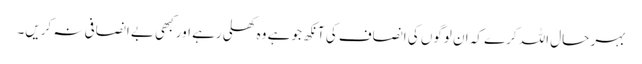
بہر حال اللہ کرے کہ ان لوگوں کی انصاف کی آنکھ جو ہے وہ کھلی رہے اور کبھی بے انصافی نہ کریں۔